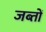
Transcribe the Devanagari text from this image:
जब्तों